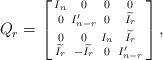
LaTeX: \begin{align*} Q_r = \left[\begin{smallmatrix}I_n &0&0&0 \\ 0& I'_{n-r}&0&\widetilde{I_r}\\ 0&0&I_n&\widetilde{I_r}\\ \widetilde{I_r}&-\widetilde{I_r}&0&I'_{n-r} \end{smallmatrix}\right],\end{align*}